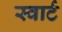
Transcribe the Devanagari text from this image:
स्वार्ट